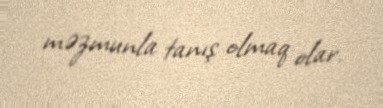
məzmunla tanış olmaq olar.